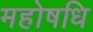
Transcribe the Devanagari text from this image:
महोषधि